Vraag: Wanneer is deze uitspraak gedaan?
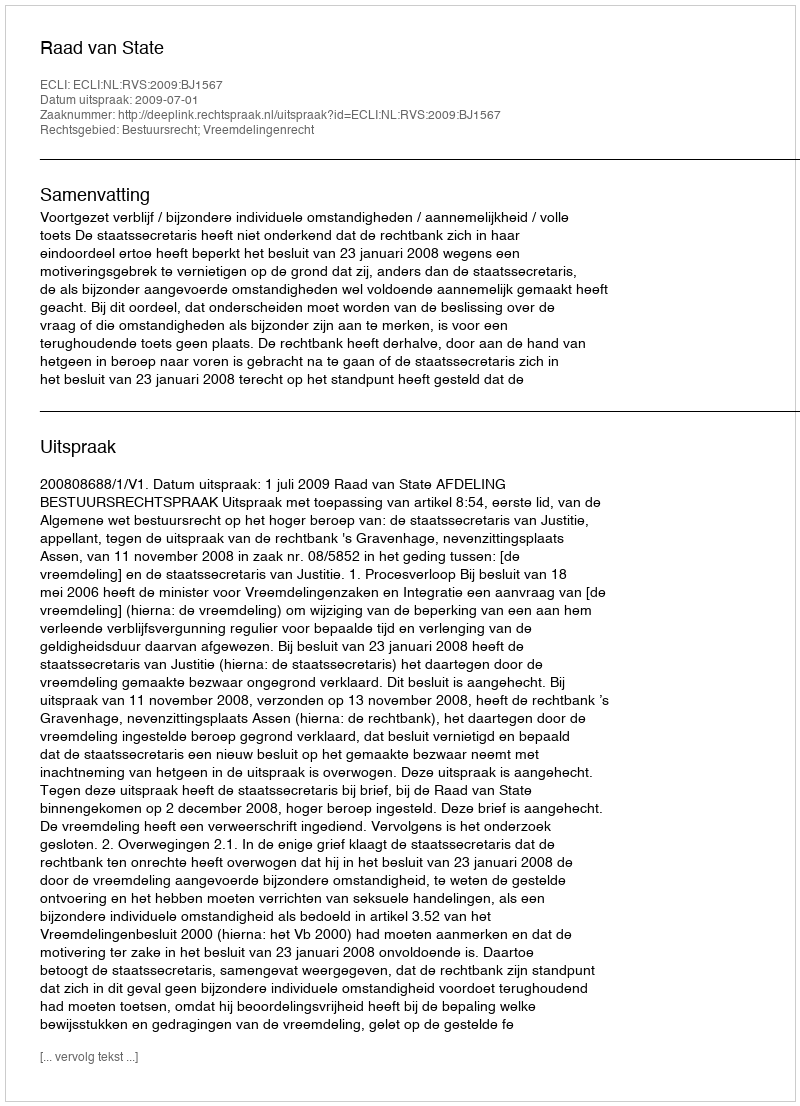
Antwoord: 2009-07-01